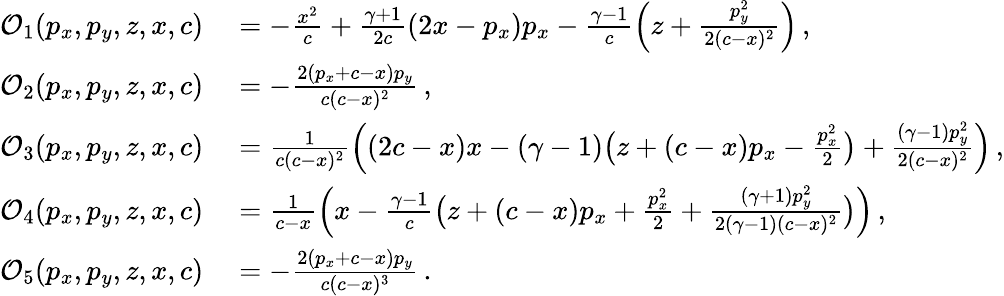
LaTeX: \begin{array}{rl}{\mathcal{O}_{1}(p_{x},p_{y},z,x,c)}&{{}=-\frac{x^{2}}{c}+\frac{\gamma+1}{2c}(2x-p_{x})p_{x}-\frac{\gamma-1}{c}\Big(z+\frac{p_{y}^{2}}{2(c-x)^{2}}\Big)\, ,}\\ {\mathcal{O}_{2}(p_{x},p_{y},z,x,c)}&{{}=-\frac{2(p_{x}+c-x)p_{y}}{c(c-x)^{2}}\, ,}\\ {\mathcal{O}_{3}(p_{x},p_{y},z,x,c)}&{{}=\frac{1}{c(c-x)^{2}}\Big((2c-x)x-(\gamma-1)\big(z+(c-x)p_{x}-\frac{p_{x}^{2}}{2}\big)+\frac{(\gamma-1)p_{y}^{2}}{2(c-x)^{2}}\Big)\, ,}\\ {\mathcal{O}_{4}(p_{x},p_{y},z,x,c)}&{{}=\frac{1}{c-x}\Big(x-\frac{\gamma-1}{c}\big(z+(c-x)p_{x}+\frac{p_{x}^{2}}{2}+\frac{(\gamma+1)p_{y}^{2}}{2(\gamma-1)(c-x)^{2}}\big)\Big)\, ,}\\ {\mathcal{O}_{5}(p_{x},p_{y},z,x,c)}&{{}=-\frac{2(p_{x}+c-x)p_{y}}{c(c-x)^{3}}\, .}\end{array}